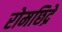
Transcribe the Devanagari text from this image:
रोमछिद्रे